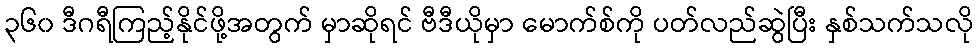
၃၆၀ ဒီဂရီကြည့်နိုင်ဖို့အတွက် မှာဆိုရင် ဗီဒီယိုမှာ မောက်စ်ကို ပတ်လည်ဆွဲပြီး နှစ်သက်သလို